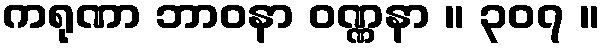
ကရုဏာ ဘာဝနာ ဝဏ္ဏနာ ။ ၃၀၇ ။